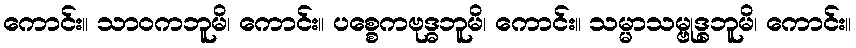
ကောင်း။ သာဝကဘူမိ၊ ကောင်း။ ပစ္စေကဗုဒ္ဓဘူမိ၊ ကောင်း။ သမ္မာသမ္ဗုဒ္ဓဘူမိ၊ ကောင်း။